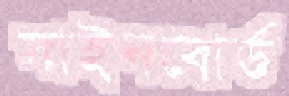
সাইনবোর্ড